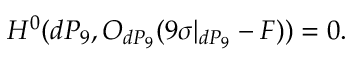
H ^ { 0 } ( d P _ { 9 } , { \cal O } _ { d P _ { 9 } } ( 9 \sigma | _ { d P _ { 9 } } - F ) ) = 0 .